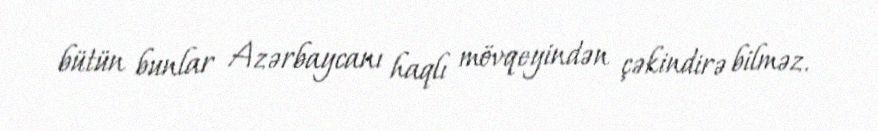
bütün bunlar Azərbaycanı haqlı mövqeyindən çəkindirə bilməz.